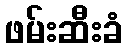
ဖမ်းဆီးခံ